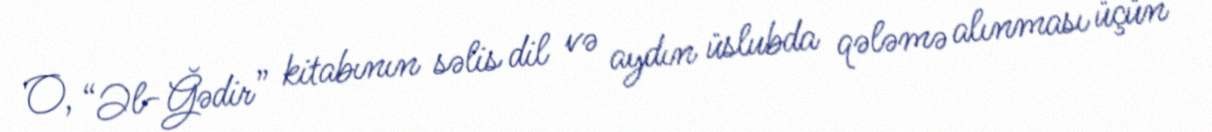
O, “Əl-Ğədir” kitabının səlis dil və aydın üslubda qələmə alınması üçün